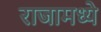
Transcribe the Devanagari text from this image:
राजामध्ये